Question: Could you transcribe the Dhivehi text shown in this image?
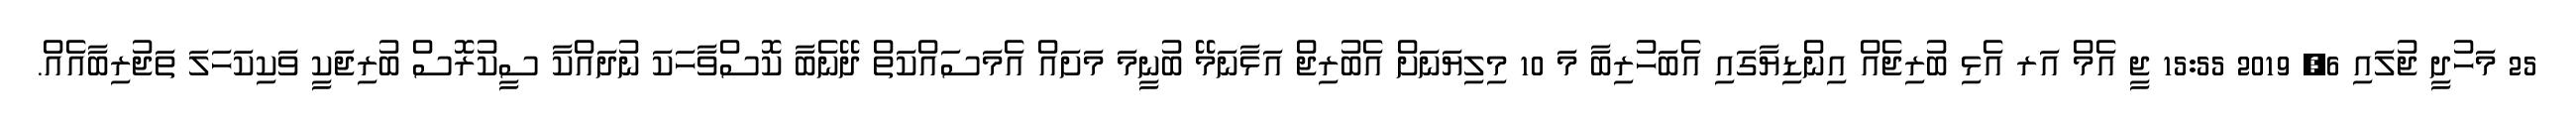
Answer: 25 މަހުދީ ޖުލައި 6, 2019 15:55 ޖީ އެމް އަރ އެޅި ބުރިޖެއް އިންޑިޔާގައި އެބަހުރިބާ މަ 10 މިލިޔަނަށް އެބުރިޖް އަޅާނަމޭ ބުނީމަ މަށައް އެމަސައްކަތް ދޭނެބާ ކޮސްވާހަކަ ނުދައްކާ ސީކުރޮސް ބުރިޖަކީ ވަކިކަހަލަ ތަޖުރިބާއެއް.